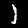
Digit: 1